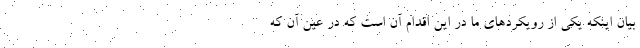
بیان اینکه یکی از رویکردهای ما در این اقدام آن است که در عین آن که